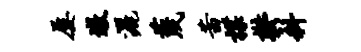
屡墩洒蔑茜揲郁科